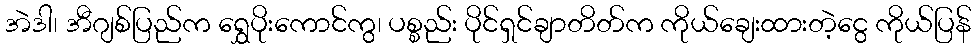
အဲဒါ၊ အီဂျစ်ပြည်က ရွှေပိုးကောင်ကွ၊ ပစ္စည်း ပိုင်ရှင်ချာတိတ်က ကိုယ်ချေးထားတဲ့ငွေ ကိုယ်ပြန်